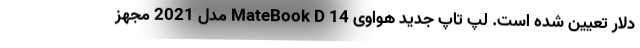
دلار تعیین شده است. لپ تاپ جدید هواوی MateBook D 14 مدل 2021 مجهز